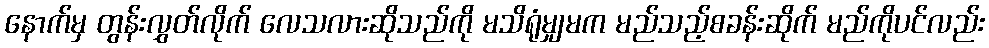
နောက်မှ တွန်းလွှတ်လိုက် လေသလားဆိုသည်ကို မသိရုံမျှမက မည်သည့်စခန်းဆိုက် မည်ကိုပင်လည်း